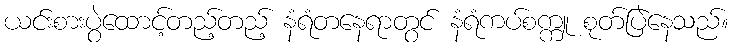
ယင်းစားပွဲထောင့်တည့်တည့် နံရံတနေရာတွင် နံရံကပ်စက္ကူ စုတ်ပြဲနေသည်။